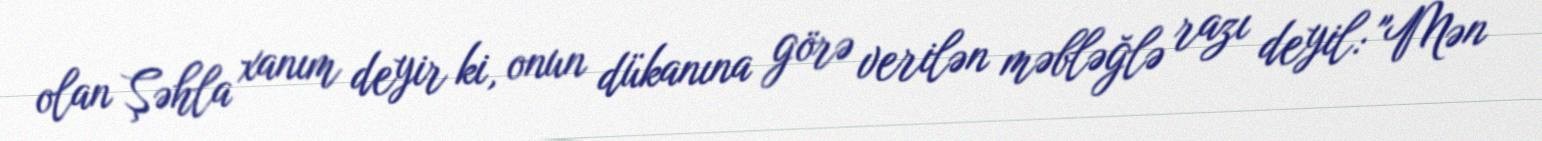
olan Şəhla xanım deyir ki, onun dükanına görə verilən məbləğlə razı deyil: "Mən